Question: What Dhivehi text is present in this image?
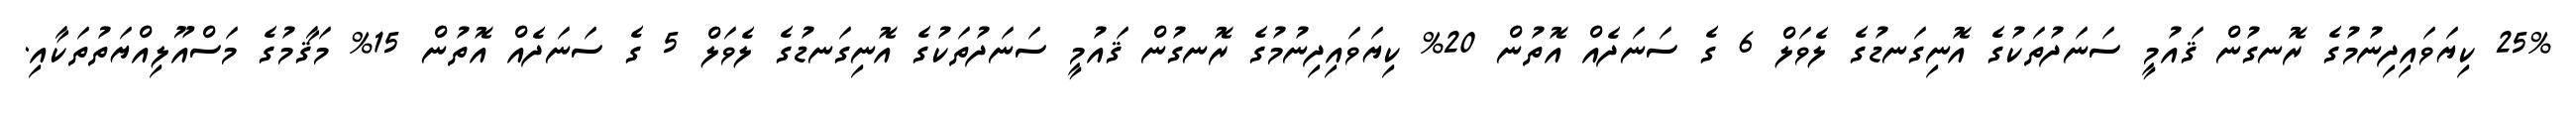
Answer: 25% ކިޔަވައިދިނުމުގެ ރޮނގުން ޤައުމީ ސަނަދުތަކުގެ އޮނިގަނޑުގެ ލެވަލް 6 ގެ ސަނަދެއް އޮތުން 20% ކިޔަވައިދިނުމުގެ ރޮނގުން ޤައުމީ ސަނަދުތަކުގެ އޮނިގަނޑުގެ ލެވަލް 5 ގެ ސަނަދެއް އޮތުން 15% މަޤާމުގެ މަސްއޫލިއްޔަތުތަކާއި.